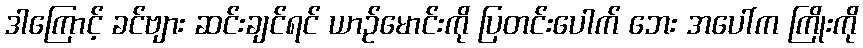
ဒါကြောင့် ခင်ဗျား ဆင်းချင်ရင် ယာဉ်မောင်းကို ပြတင်းပေါက် ဘေး အပေါ်က ကြိုးကို